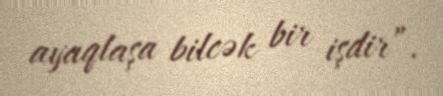
ayaqlaşa bilcək bir işdir”.